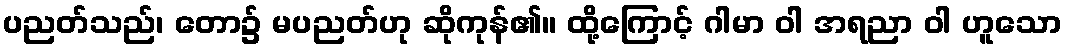
ပညတ်သည်၊ တော၌ မပညတ်ဟု ဆိုကုန်၏။ ထို့ကြောင့် ဂါမာ ဝါ အရညာ ဝါ ဟူသော